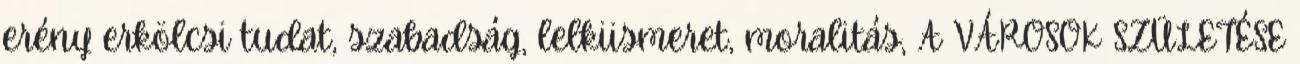
erény erkölcsi tudat, szabadság, lelkiismeret, moralitás, A VÁROSOK SZÜLETÉSE